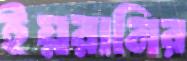
ইয়রানির